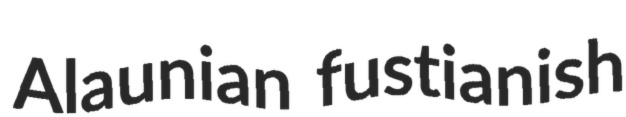
Alaunian fustianish